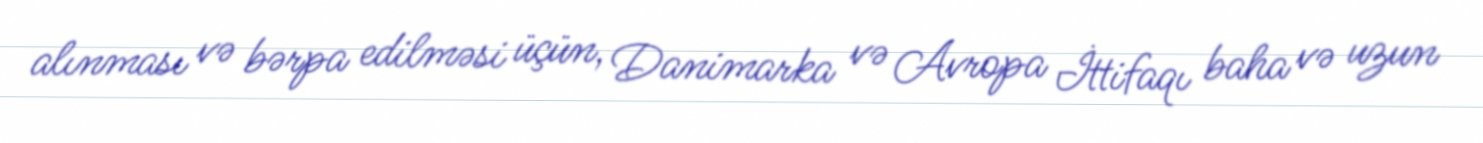
alınması və bərpa edilməsi üçün, Danimarka və Avropa İttifaqı baha və uzun